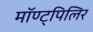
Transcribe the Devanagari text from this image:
मॉण्ट्पिलिर